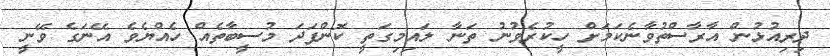
ދިރިއުޅުން އާރާސްތުވާނެކަމަށް ހީކުރެވުނު ތަނާ ލައިމިގަތީ ކޮންފަދަ މުސީބާތެއް ހެއްޔެވެ އޭނަގެ ވޭނީ